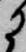
に